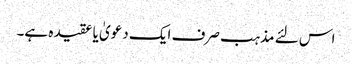
اس لئے مذہب صرف ایک دعویٰ یا عقیدہ ہے۔